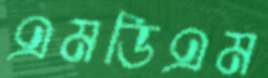
এমডিএম